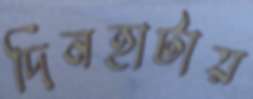
দিনহাটায়